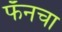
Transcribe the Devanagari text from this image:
फॅनचा